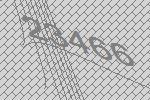
23466